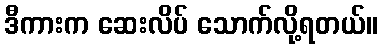
ဒီကားက ဆေးလိပ် သောက်လို့ရတယ်။